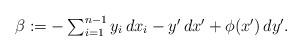
LaTeX: \begin{align*}\beta:=-\textstyle\sum_{i=1}^{n-1}y_i\, dx_i- y'\, dx'+\phi(x')\, dy'.\end{align*}